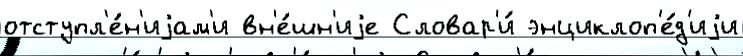
отступл'е́н'иjам'и вн'е́шн'иjе Словар'и́ энциклоп'е́д'иjи